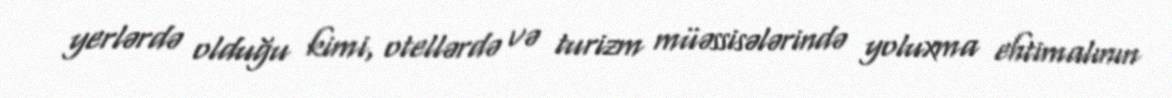
yerlərdə olduğu kimi, otellərdə və turizm müəssisələrində yoluxma ehtimalının